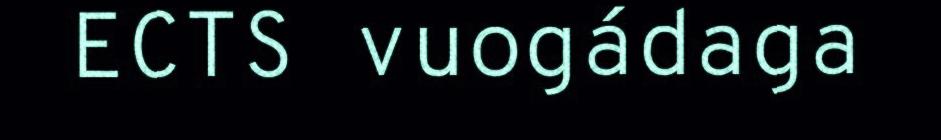
ECTS vuogádaga